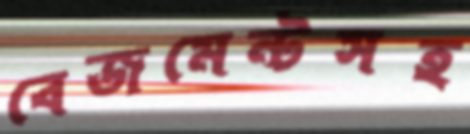
বেজমেন্টসহ